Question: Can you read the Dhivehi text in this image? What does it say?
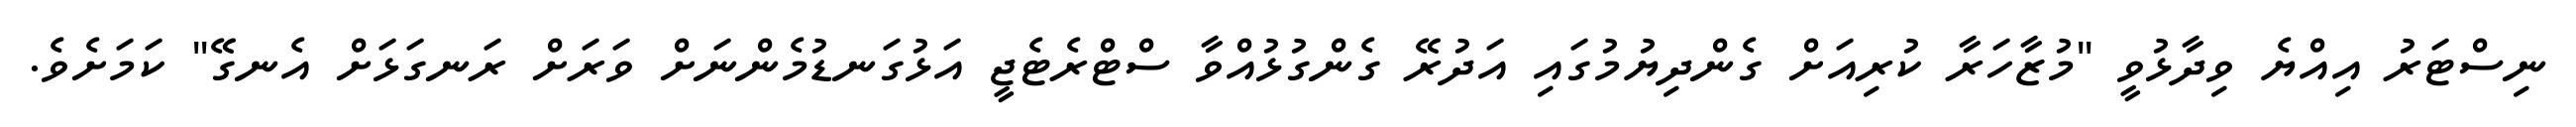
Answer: ނިސްޓަރު އިއްޔެ ވިދާޅުވީ "މުޒާހަރާ ކުރިއަށް ގެންދިޔުމުގައި އަދުރޭ ގެންގުޅުއްވާ ސްޓްރެޓެޖީ އަޅުގަނޑުމެންނަށް ވަރަށް ރަނގަޅަށް އެނގޭ" ކަމަށެވެ.